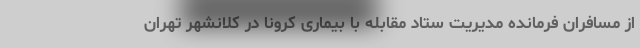
از مسافران فرمانده مدیریت ستاد مقابله با بیماری کرونا در کلانشهر تهران